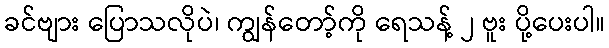
ခင်ဗျား ပြောသလိုပဲ၊ ကျွန်တော့်ကို ရေသန့် ၂ ဗူး ပို့ပေးပါ။